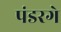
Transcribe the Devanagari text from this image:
पंडरगे